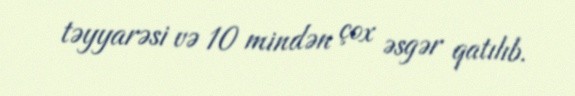
təyyarəsi və 10 mindən çox əsgər qatılıb.